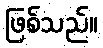
ဖြစ်သည်။